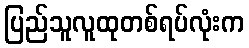
ပြည်သူလူထုတစ်ရပ်လုံးက